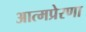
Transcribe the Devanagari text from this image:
आत्मप्रेरणा